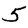
Digit: 5